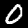
Label: 0